Standards of the constituents of the urine and blood and the bearing of the metabolism of Bengalis on the problems of nutrition - Number 34
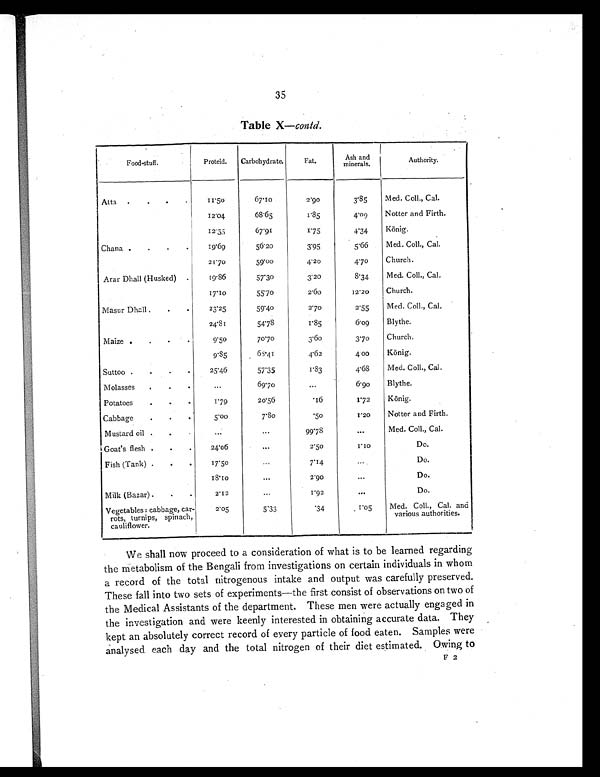
35
Table X—contd.
Food-stuff.
Proteid.
Carbohydrate.
Fat.
Ash and
minerals.
Authority.
Atta .
.
.
.
11.50
67.10
2.90
3.85
Med. Coll., Cal.
12.04
68.65
1.85
4.09
Notter and Firth.
12.35
67.91
1.75
4.34
König.
Chana .
.
.
.
19.69
56.20
3.95
5.66
Med. Coll., Cal.
21.70
59.00
4.20
4.70
Church.
Arar Dhall (Husked) .
19.86
57.30
3.20
8.34
Med. Coll., Cal.
17.10
55.70
2. 60
12.20
Church.
Masur Dhall.
.
.
23.25
59.40
2.70
2.55
Med. Coll., Cal.
24.81
54.78
1.85
6.09
Blythe.
Maize .
.
.
.
9. 50
70.70
3.60
3.70
Church.
9.85
68.41
4.62
4 00
König.
Suttoo .
.
.
.
25.46
57.35
1.83
4.68
Med. Coll., Cal.
Molasses
.
.
.
...
69.70
...
6.90
Blythe.
Potatoes
.
.
.
1.79
20.56
.16
1.72
König.
Cabbage
.
.
.
5.00
7.80
. 5 0
I.20
Notter and Firth.
Mustard oil .
.
.
...
. . .
99.78
. . .
Med. Coll., Cal.
Goat's flesh .
.
.
24.06
. . .
2. 50
1 . 1 0
Do.
Fish (Tank) .
.
.
17.50
. . .
7.14
. . .
Do.
18.10
. . .
2.90
...
Do.
Milk (Bazar).
.
.
2.12
. . .
1.92
...
Do.
Vegetables: cabbage, car-
rots, turnips, spinach,
cauliflower.
2.05
5.33
.34
1.05
Med. Coll., Cal. and
various authorities.
We shall now proceed to a consideration of what is to be learned regarding
the metabolism of the Bengali from investigations on certain individuals in whom
a record of the total nitrogenous intake and output was carefully preserved.
These fall into two sets of experiments—the first consist of observations on two of
the Medical Assistants of the department. These men were actually engaged in
the investigation and were keenly interested in obtaining accurate data. They
kept an absolutely correct record of every particle of food eaten. Samples were
analysed each day and the total nitrogen of their diet estimated. Owing to
F 2